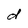
Character: d